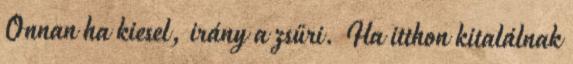
Onnan ha kiesel, irány a zsűri. Ha itthon kitalálnak